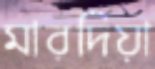
মারদিয়া